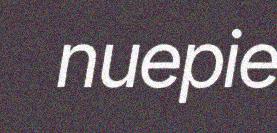
nuepie